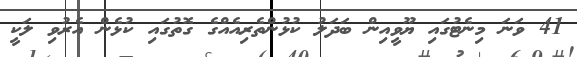
41 ވަނަ މިނެޓުގައި ޔޫވީއިން ބަދަލު ކުޅުންތެރިއެއްގެ ގޮތުގައި ކުޅެން އެރުވި ލަކީ